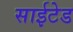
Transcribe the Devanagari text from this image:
साईटेड